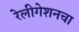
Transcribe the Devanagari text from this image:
रेलीगेशनचा